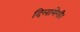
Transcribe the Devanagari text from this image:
दिलायेगी।